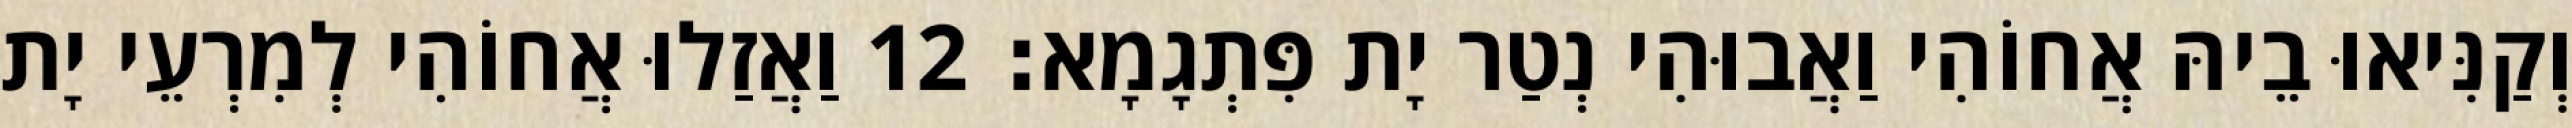
וְקַנִּיאוּ בֵיהּ אֲחוֹהִי וַאֲבוּהִי נְטַר יָת פִּתְגָמָא׃ 12 וַאֲזַלוּ אֲחוֹהִי לְמִרְעֵי יָת